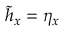
\tilde { h } _ { x } = \eta _ { x }